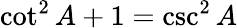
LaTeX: \cot^{2}A+1=\csc^{2}A